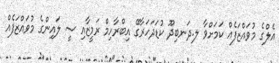
އެލްގެ މުވައްޒަފެއް ކަމަށްވާ ލ.ދަނބިދޫ ކުޑަދަހަރާގޭ އިބްރާހިމް ރަމީޒާއި ސީ ލައިންގެ މުވައްޒަފެއް